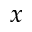
x